Report on sanitation, dispensaries, and jails in Rajputana for 1915, and on vaccination for the year 1915-1916 - 1915-1916
Year: 1915
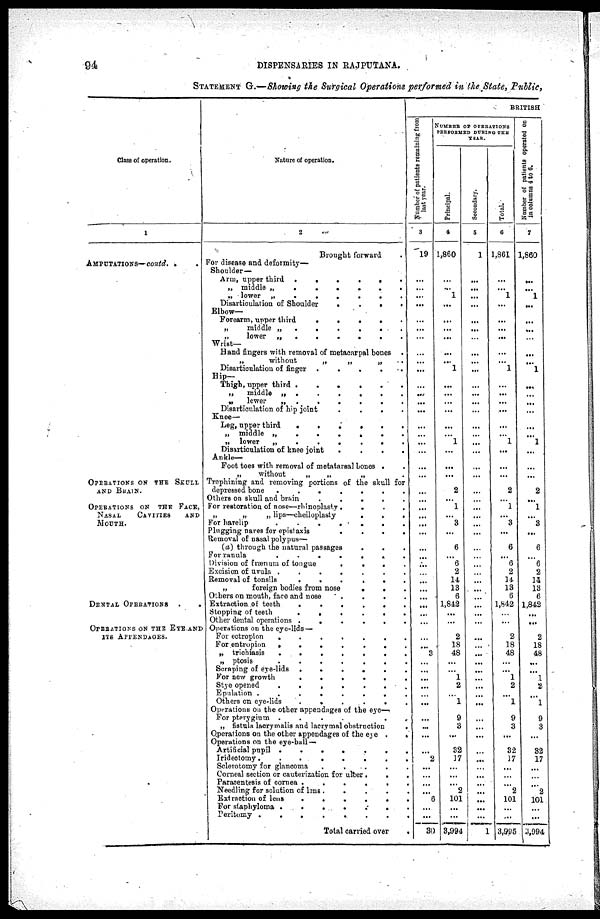
94
DISPENSARIES IN RAJPUTANA.
STATEMENT G.—Showing the Surgical Operations performed in the State, Public,
Class of operation.
1
AMPUTATIONS—contd..
OPERATIONS ON THE SKULL
AND BRAIN.
OPERATIONS ON THE FACE,
NASAL
CAVITIES
AND
MOUTH.
DENTAL OPERATIONS
.
.
OPERATIONS ON THE EYE AND
ITS APPENDACES.
Nature of operation.
2
Brought forward
For disease and deformity—
Shoulder—
Arm, upper third
......
„ middle „
......
„ lower „
......
Disarticulation of Shoulder
.
.
.
.
Elbow-
Forearm, upper third
.
.
.
.
.
„
middle „
......
„
lower
„
......
Wrist—
Hand fingers with removal of metacarpal bones .
„
without
„
„
„ .
Disarticulation of
finger
.
.
.
.
.
Hip—
Thigh, upper third
......
„
middle „
.
.
.
.
.
„
lower
„
......
Disarticulation of hip joint
.
.
.
.
Knee—
Leg, upper third
......
„ middle „
......
„ lower
„
......
Disarticulation of knee joint
.
.
.
.
Ankle—
Foot toes with removal of metatarsal bones .
„
without
„
„
„ .
Trephining and removing portions of the skull for
depressed bone
.......
Others on skull and brain
.
.
.
.
.
For restoration of nose—rhinoplasty
.
.
.
.
„
„
„ lips—cheiloplasty
.
.
.
For harelip
.......
Plugging Dares for epistaxis
.
.
.
.
Removal of nasal polypus—
(a) through the natural passages
...
For ranula
.......
Division of frænum of tongue
.
.
.
.
Excision of uvula
.......
Removal of tonsils
......
„
foreign bodies from nose
...
Others on mouth, face and nose
.
.
.
.
Extraction of teeth
......
Stopping of teeth
......
Other dental operations
......
Operations on the eye-lids—
For ectropion
.......
For entropion
.......
„ trichiasis
.......
„ ptosis
.......
Scraping of eye-lids
......
For new growth
......
Stye opened
.......
Epilation
........
Others on eye-lids
......
Operations on the other appendages of the eye—
For pterygium
......
„ fistula lacrymalis and lacrymal obstruction
.
Operations on the other appendages of the eye
..
Operations on the eye-ball —
Artificial pupil
.......
Iridectomy........
Sclerotomy for glancoma
.
.
.
.
.
Corneal section or cauterization for ulcer
.
.
.
Paracentesis of cornea
......
Needling for solution of bus
.
.
.
.
.
Extraction of lens
......
For staphyloma
.......
Peritomy
........
Total carried over
.
BRITISH
Number of patients remaining from
last year.
3
19
...
...
...
...
...
...
...
...
...
...
...
...
...
...
...
...
...
...
...
...
...
...
...
...
...
...
...
...
...
...
...
...
...
...
...
...
... ...
3
...
...
...
...
...
...
...
...
...
...
2
...
...
...
...
6
...
...
30
NUMBER OF OPERATIONS
PERFORMED DURING THE
YEAR.
Principal.
4
1,860
...
...
1
...
...
...
...
...
...
1
...
...
...
...
...
...
1
...
...
...
2
...
1
...
3
...
6
...
6
2
14
13
6
1,842
...
...
2
18
48
...
...
1
2
...
1
9
3
...
32
17
...
...
...
2
101
...
...
3,994
Secondary.
5
1
...
...
...
...
...
...
...
...
...
...
...
...
...
...
...
...
...
...
...
...
...
...
...
...
...
...
...
...
...
...
...
...
...
...
...
...
...
...
...
...
...
...
...
...
...
...
...
...
...
...
...
...
...
...
...
...
...
1
Total.
6
1,861
...
...
1
...
...
...
...
...
...
1
...
...
...
...
...
...
1
...
...
...
2
... 1
...
3
...
6
...
6
2
14
13
6
1,842
...
...
2
18
48
...
...
1
2
...
1
9
3
...
32
17
...
...
...
2
101
...
...
3,995
Number of patients operated on
in columns 4 to 6.
7
1,860
...
...
1
...
...
...
...
...
...
1
...
...
...
...
...
...
1
...
...
...
2
...
1
...
3
...
6
...
6
2
14
13
6
1,842
...
...
2
18
48
...
...
1
2
...
1
9
3
...
32
17
...
...
...
2
101
...
...
1,994